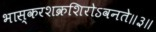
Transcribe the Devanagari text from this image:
भास्करशक्रशिरोऽवनते॥३॥